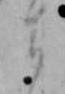
ま